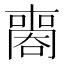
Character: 𠿧